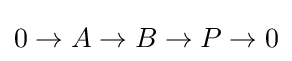
0\rightarrow A\rightarrow B\rightarrow P\rightarrow 0